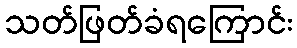
သတ်ဖြတ်ခံရကြောင်း